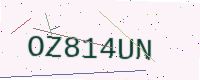
Text: OZ814UN